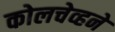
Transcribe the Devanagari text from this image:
कोलचेव्हने